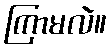
ကြာမလဲ။